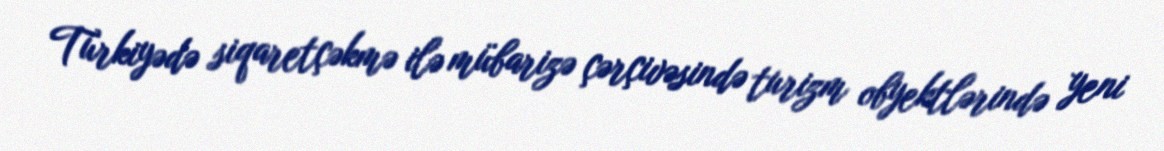
Türkiyədə siqaretçəkmə ilə mübarizə çərçivəsində turizm obyektlərində yeni